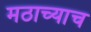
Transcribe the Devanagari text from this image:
मठाच्याच